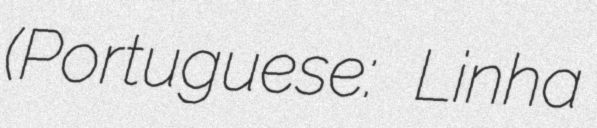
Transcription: (Portuguese: Linha